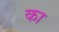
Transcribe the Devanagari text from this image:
का